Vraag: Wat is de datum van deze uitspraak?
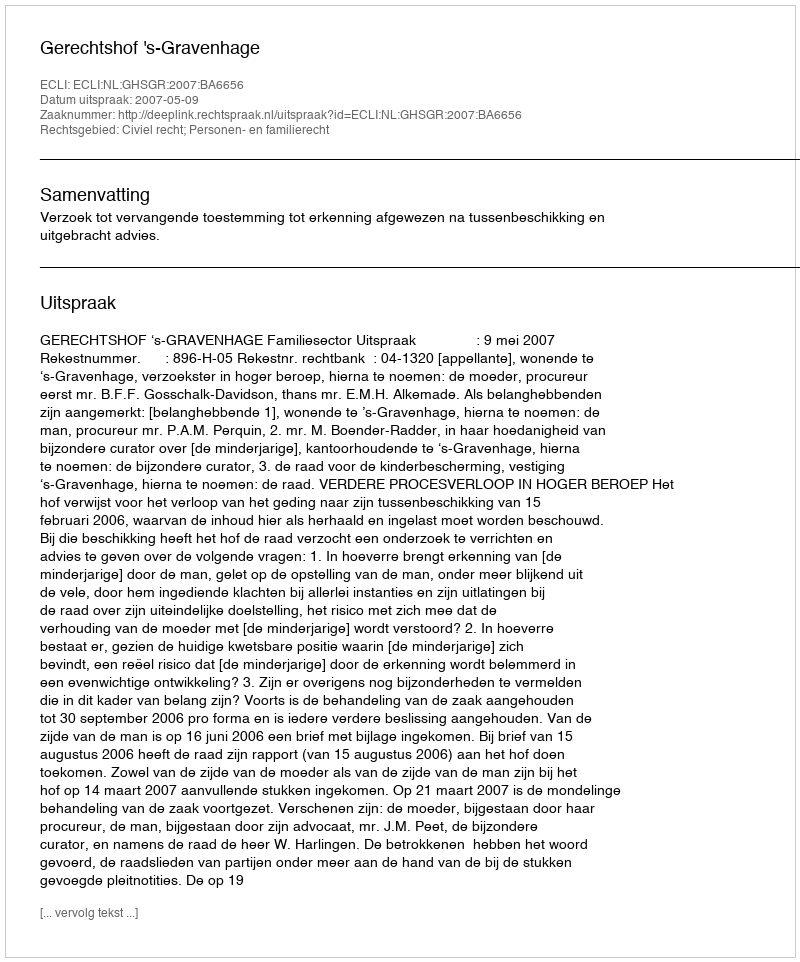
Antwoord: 2007-05-09